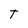
Character: T